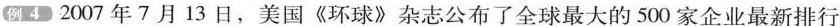
例4 2007年7月13日，美国《环球》杂志公布了全球最大的500家企业最新排行